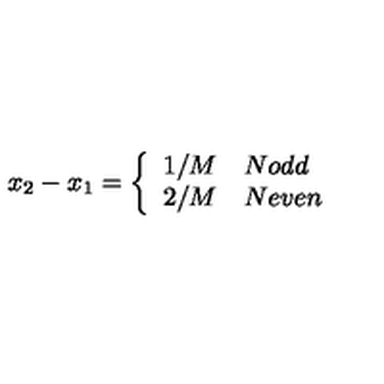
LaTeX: x _ { 2 } - x _ { 1 } = \left\{ \begin{array} { c l } { 1 / M } & { N o d d } \\ { 2 / M } & { N e v e n } \\ \end{array} \right.